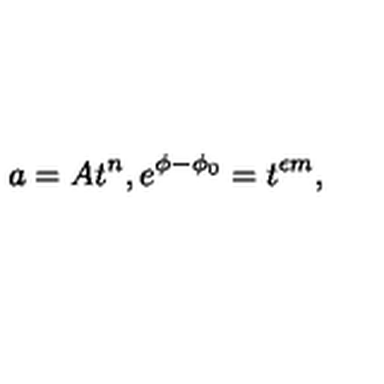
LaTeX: a = A t ^ { n } , e ^ { \phi - \phi _ { 0 } } = t ^ { \epsilon m } ,